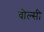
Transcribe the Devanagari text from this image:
वोल्सी